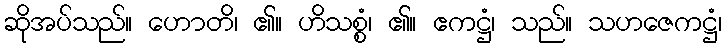
ဆိုအပ်သည်။ ဟောတိ၊ ၏။ ဟိသစ္စံ၊ ၏။ ဧကဋ္ဌံ၊ သည်။ သဟဇေကဋ္ဌံ၊